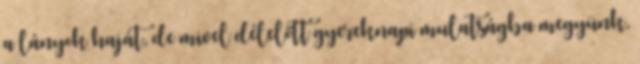
a lányok haját, de mivel délelőtt gyereknapi mulatságba megyünk,